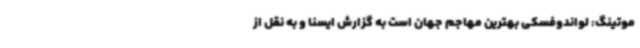
موتینگ: لواندوفسکی بهترین مهاجم جهان است به گزارش ایسنا و به نقل از